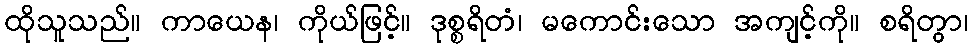
ထိုသူသည်။ ကာယေန၊ ကိုယ်ဖြင့်။ ဒုစ္စရိတံ၊ မကောင်းသော အကျင့်ကို။ စရိတွာ၊